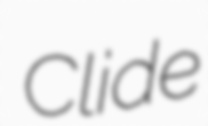
Clide